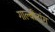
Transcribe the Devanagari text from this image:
गाल्बीटांग